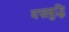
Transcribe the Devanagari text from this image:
वज्रबुद्धि